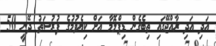
އަދި އަދި ރާއްޖޭގައި ތިބެގެން ޑިޕްލޮމާ އަށް ކިޔެވުމުގެ ފުރުސަތު ދޭނީ 50